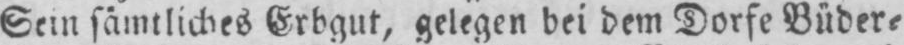
Sein sämtliches Erbgut, gelegen bei dem Dorfe Büder⸗